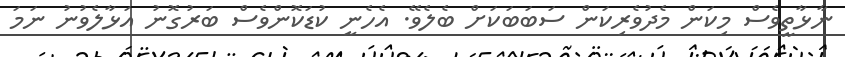
ނާޅާތީވެސް މިކަން މެދުވެރިކަން ސަބަބަކަށް ބެލެވޭ. އެހެނީ ކުޑަކޮންވެސް ބަރުގޮނު އަޅާލެވުނު ނަމަ